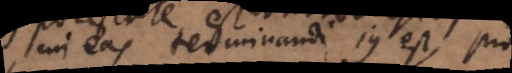
cui eas terminandi jus est, p